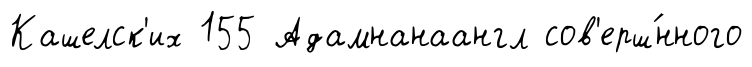
Кашелск'их 155 Адамнанаангл сов'ерш́нного